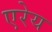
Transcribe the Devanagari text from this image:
एरेय